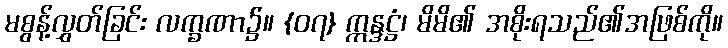
မစွန့်လွှတ်ခြင်း လက္ခဏာ၌။ {၀၇} ဣန္ဒဋ္ဌံ၊ မိမိ၏ အစိုးရသည်၏အဖြစ်ကို။